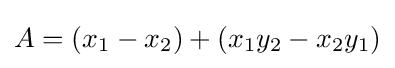
A=(x_{1}-x_{2})+(x_{1}y_{2}-x_{2}y_{1})